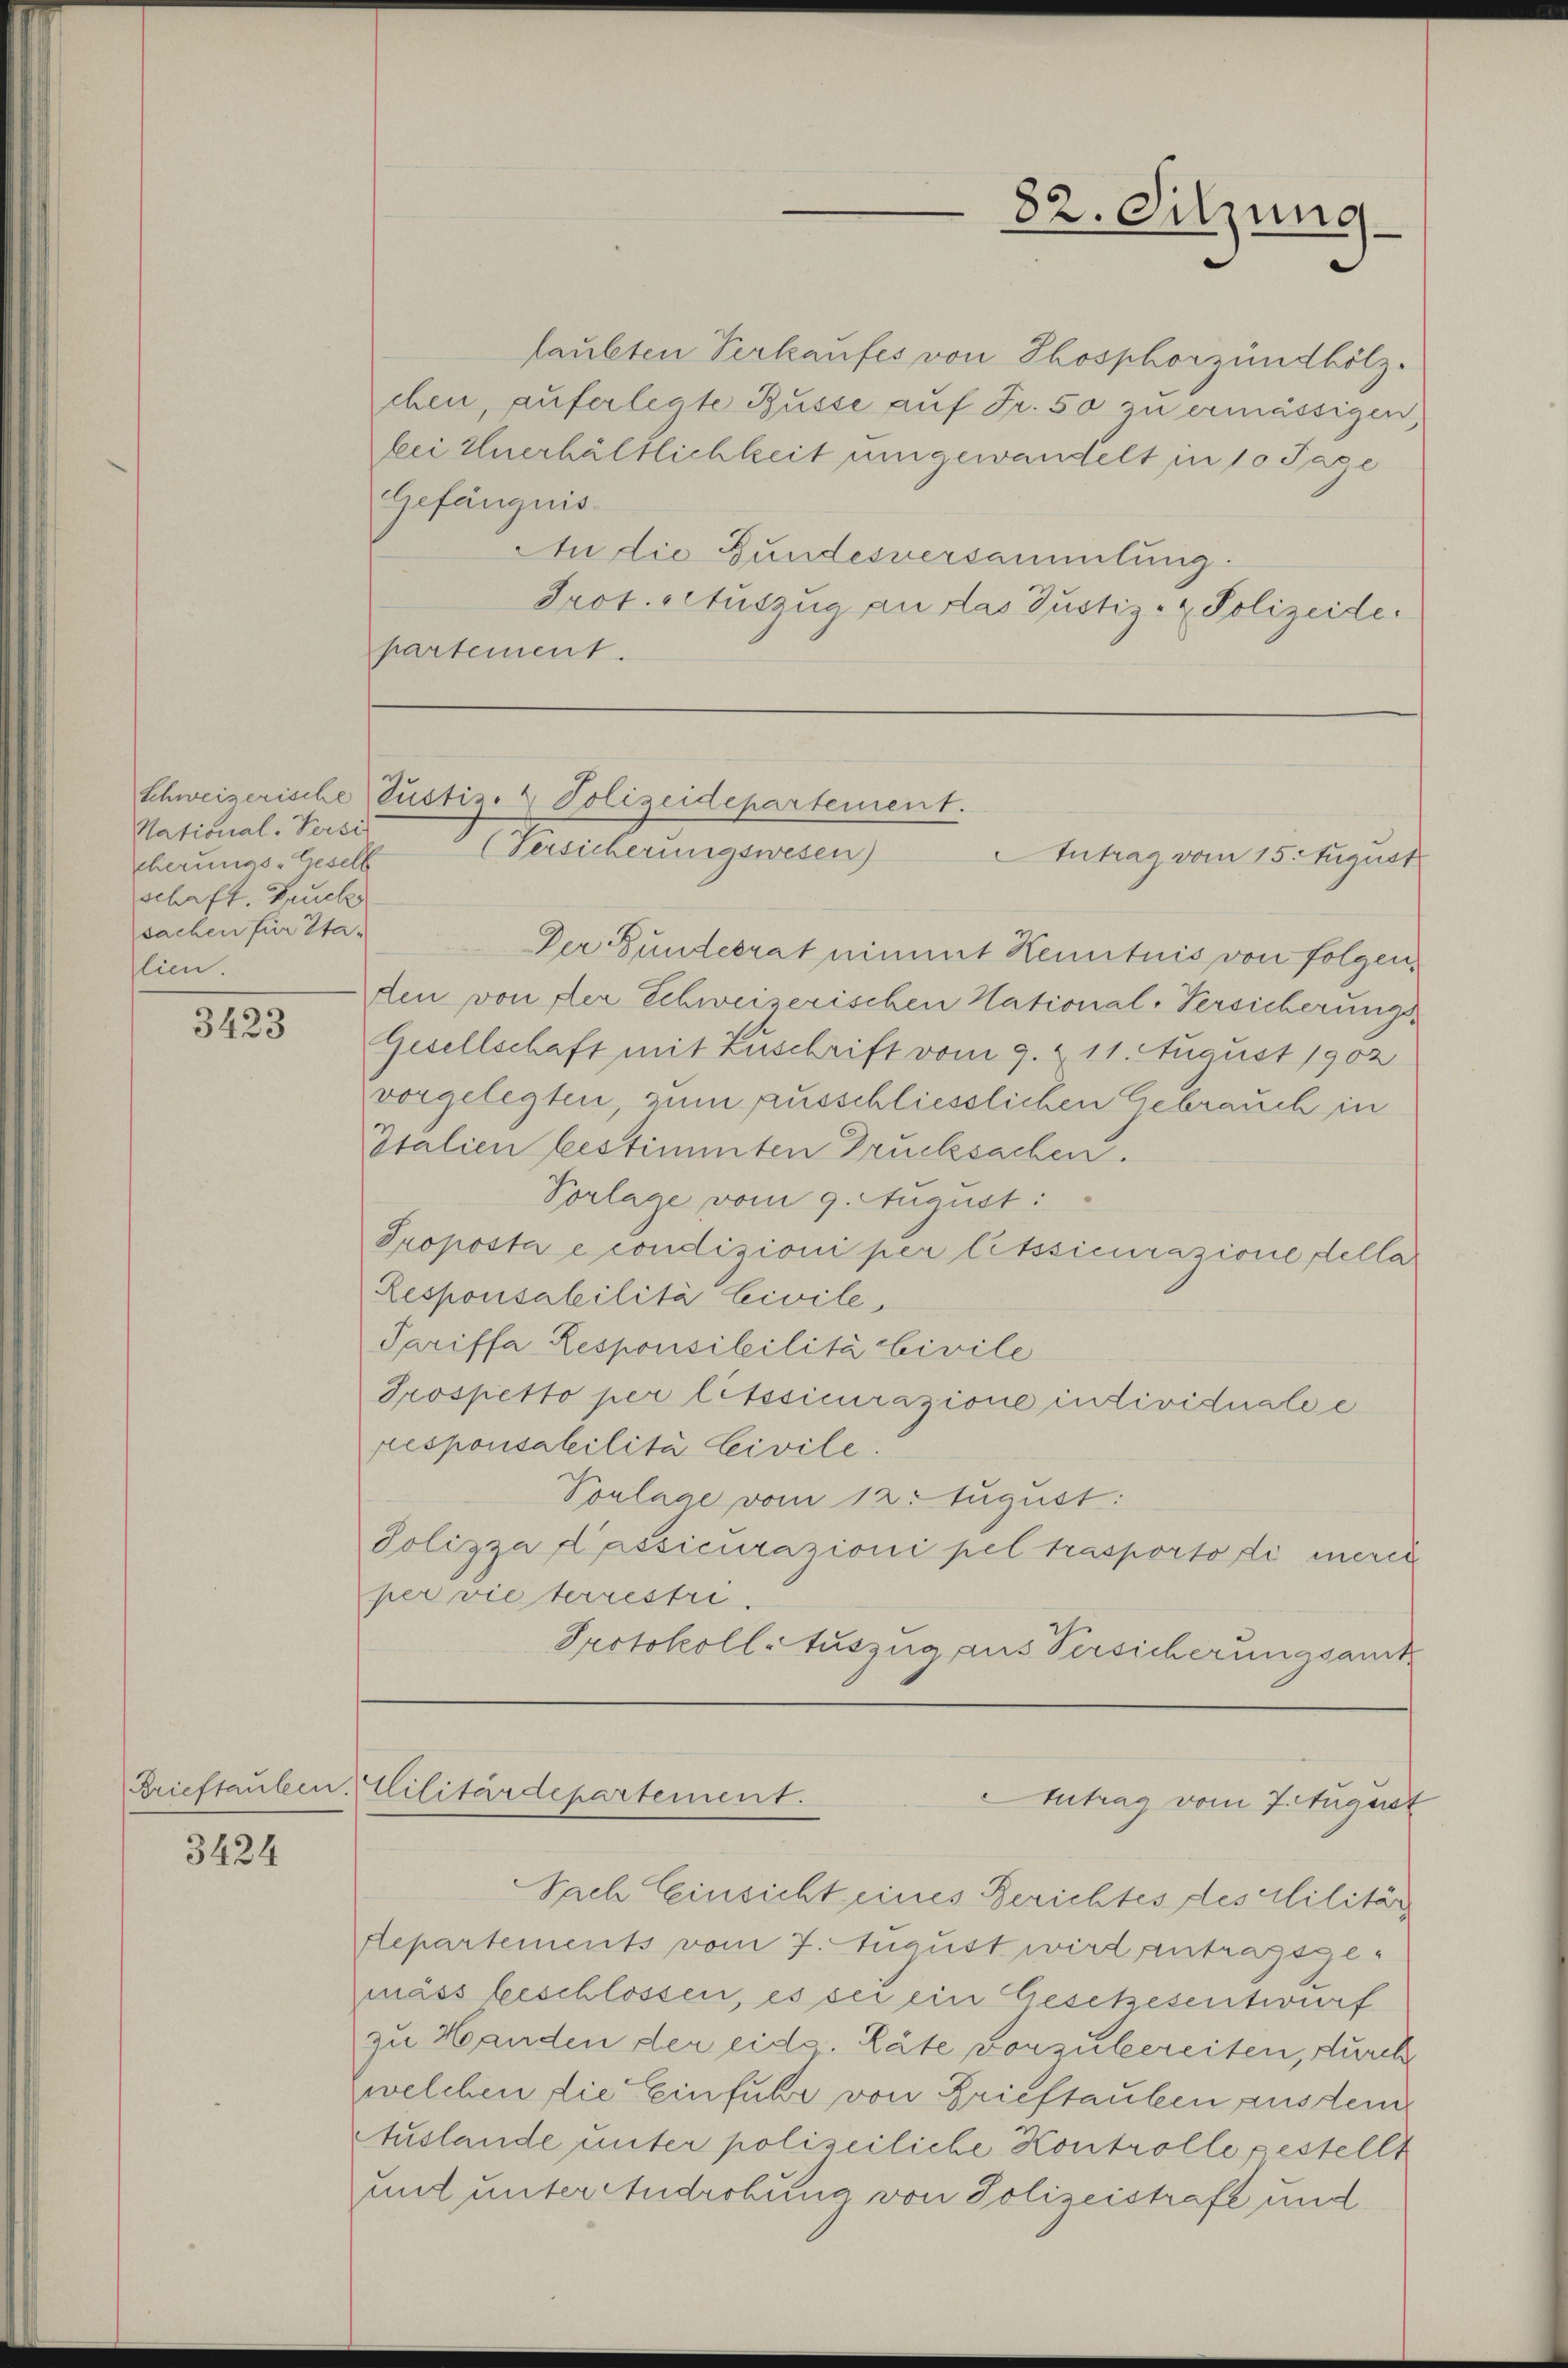
National-Versi
cherungs-Gesell
schaft, Fruch
sachen für Sta-
lien.

3423

3424

laubten Verkaufes von Thosphorzündhölz
chen, auferlegte Büsse auf Fr. 50 zu ermässigen,
bei Euerhältlichkeit umgewandelt in 10 Tage
Gefängnis.
An die Gundesversammlung.
Prot. Auszug an das Justiz- & Polizeide.
partement.

schweizerische Justiz- & Polizeidepartement.
(Versicherungswesen)

Brieftauben. Militärdepartement.

82. Sitzung

Der Bundesrat nimmt Kenntnis von folgen,
den von der Schweizerischen National-Versicherungs¬
Gesellschaft mit Zuschrift vom 9. & 11. August 1902
vorgelegten, zum ausschliesslichen Gebrauch in
Italien bestimmten Drucksachen.
Vorlage vom 9. August:
Proposta e condizioni per litssicurazione della
Responsabilitä Civile
Tariffa Responsililità Civile
Prospetto per litssicurazione individuale e
responsabilità Civile
Vonlage vom 12. August:
Polizza Passicurazioni pel trasporto di merce
per vie terrestri
Protokoll-Auszug aus Versicherungsamt

Antrag vom 15. August

Nach Einsicht eines Berichtes des Militär
Aepartements vom 7. August wird antragsgemäss beschlossen, es sei ein Gesetzesentwurf
zu Handen der eids. Räte vorzubereiten, durch
welchen die Einfuhr von Brieftauben ausdem
Auslande unter polizeiliche Kontrolle gestellt
und unter Androhung von Polizeistrafe und

Antrag vom 7. August